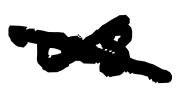
Text: as
Cross-out: cross
Writing tool: digital_black